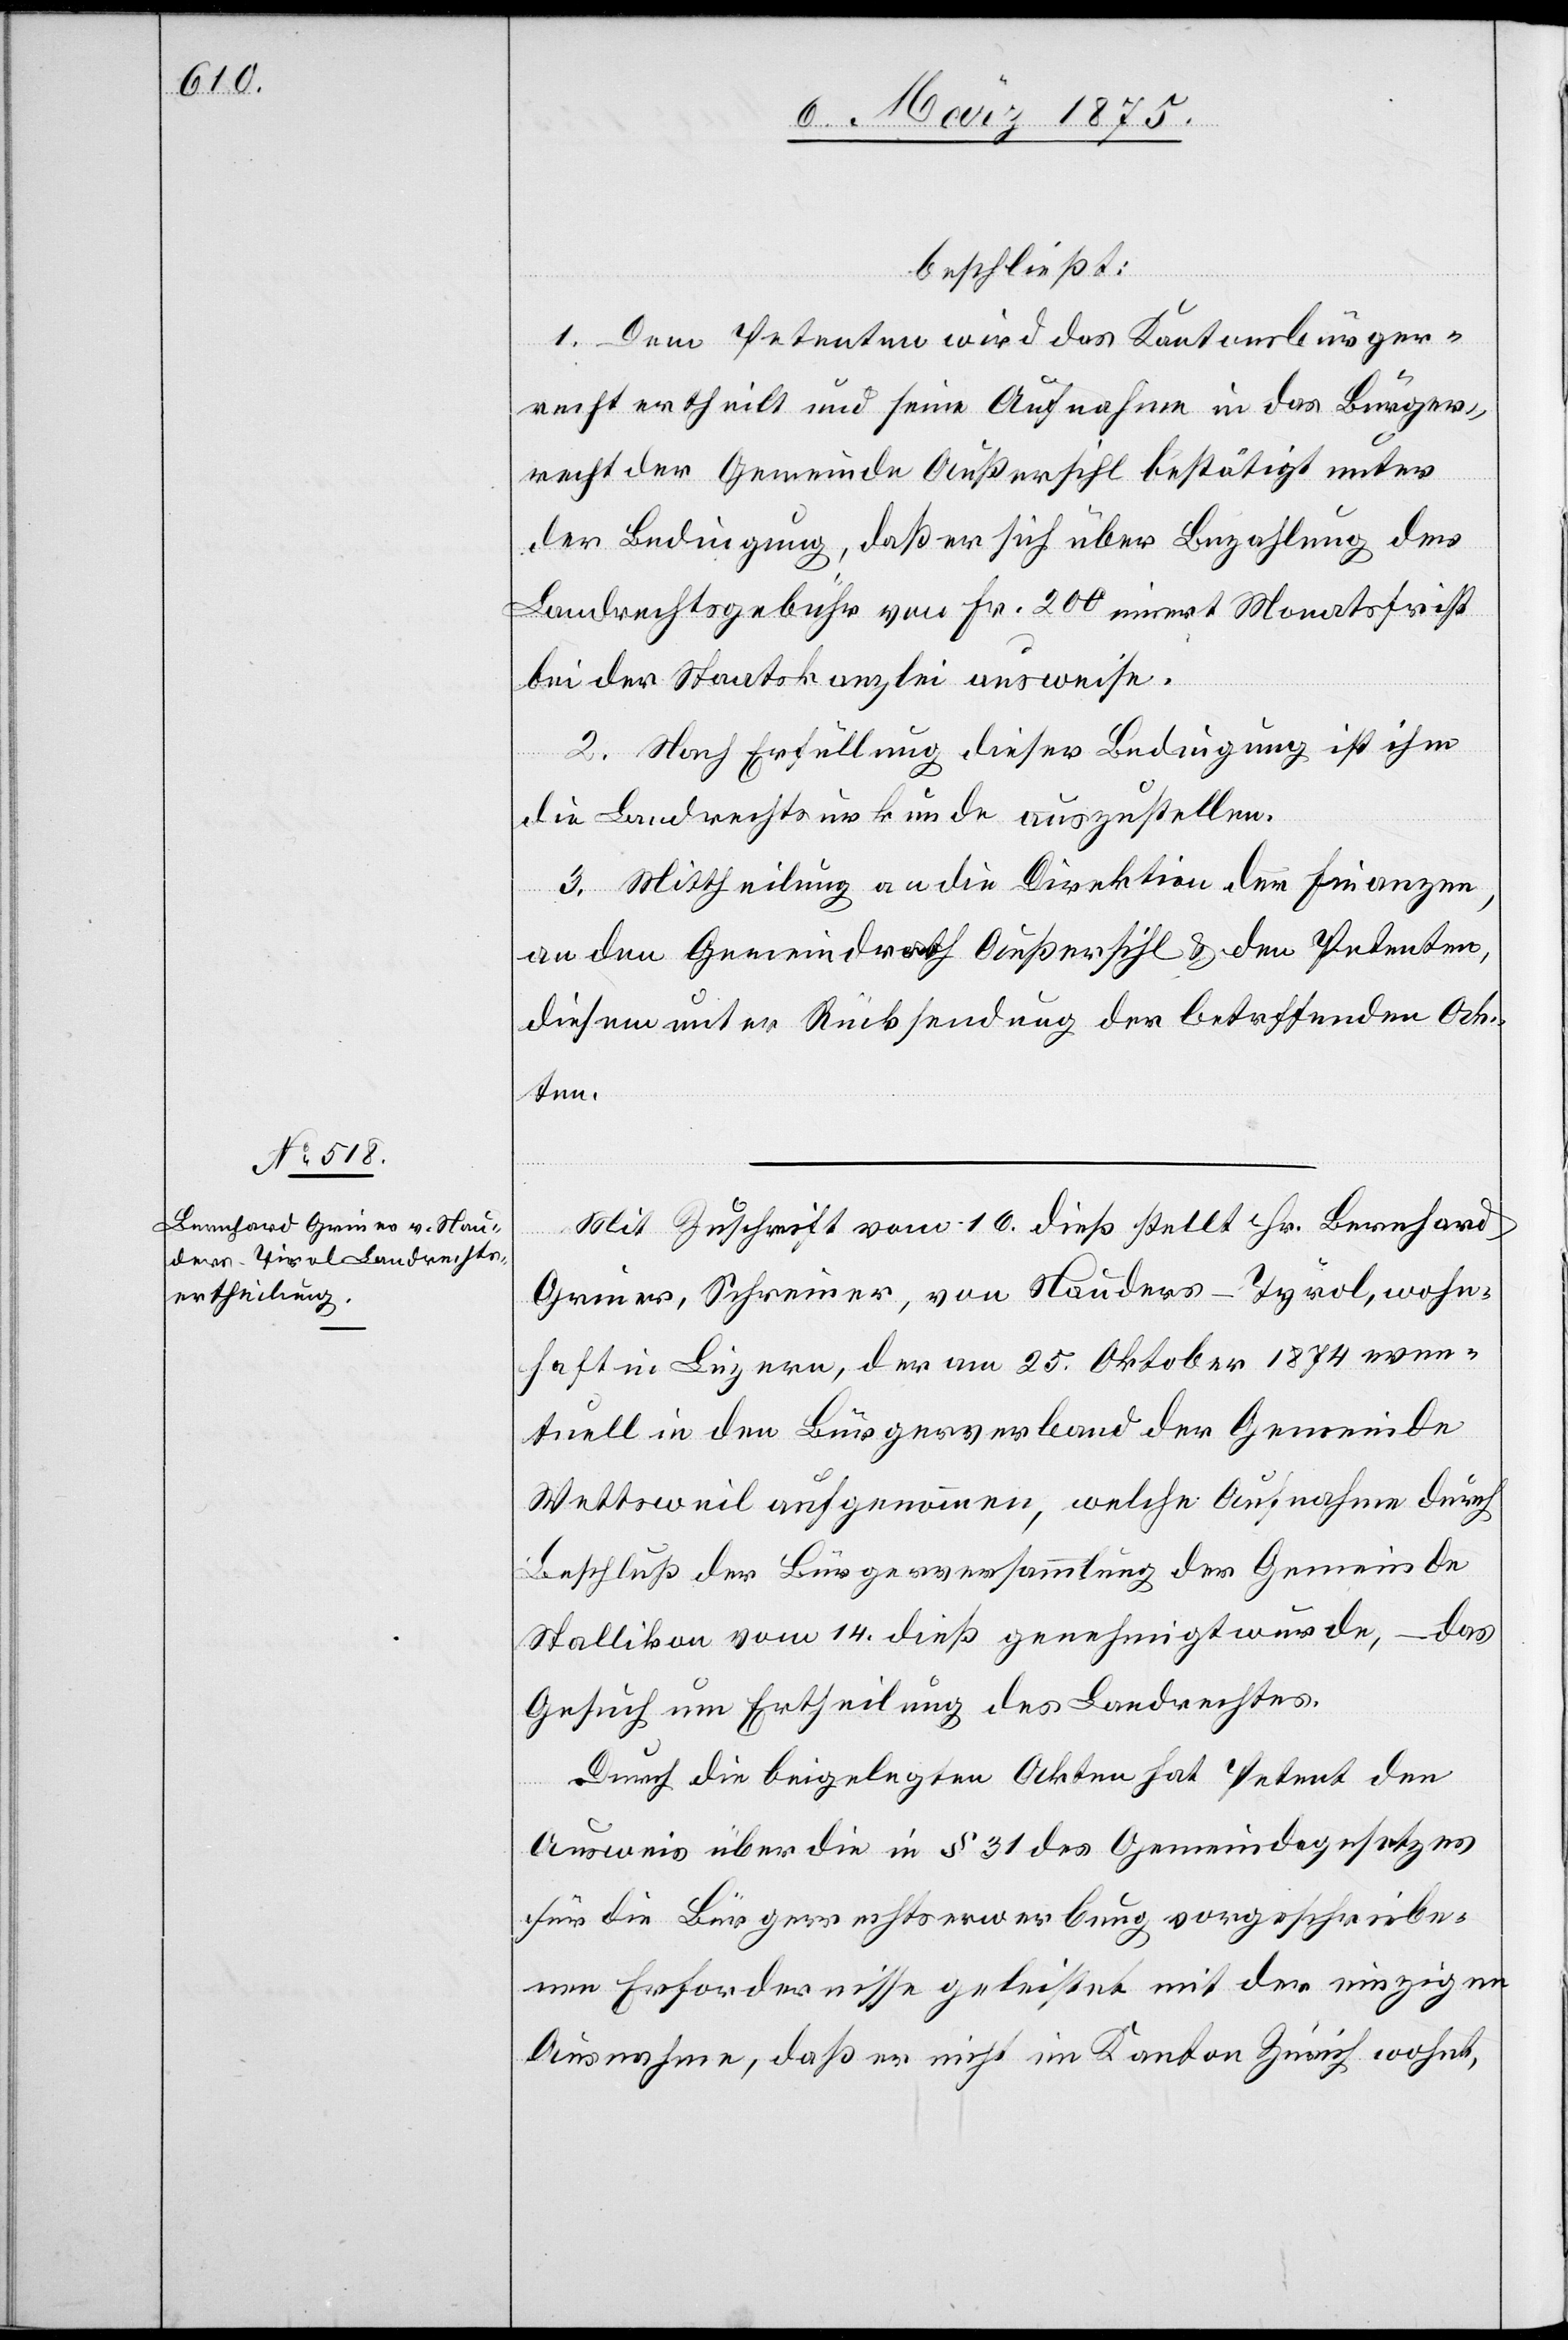
beschließt:
1. Dem Petenten wird das Kantonsbürger¬
recht ertheilt und seine Aufnahme in das Bürger¬
recht der Gemeinde Außersihl bestätigt unter
der Bedingung, daß er sich über Bezahlung der
Landrechtsgebühr von Fr. 200 innert Monatsfrist
bei der Staatskanzlei ausweise.
2. Nach Erfüllung dieser Bedingung ist ihm
die Landrechtsurkunde auszustellen.
3. Mittheilung an die Direktion der Finanzen,
an den Gemeinderath Außersihl & den Petenten,
diesem unter Rücksendung der betr[e]ffenden Ak¬
ten.
Mit Zuschrift vom 16. dieß stellt Hr. Bernhard
Griner, Schreiner, von Nauders - Tyrol, wohn¬
haft in Luzern, der am 25. Oktober 1874 even¬
tuell in den Bürgerverband der Gemeinde
Wettsweil aufgenommen, welche Aufnahme durch
Beschluss der Bürgerversammlung der Gemeinde
Stallikon vom 14. dieß genehmigt wurde, – das
Gesuch um Ertheilung des Landrechtes.
Durch die beigelegten Akten hat Petent den
Ausweis über die in § 31 des Gemeindegesetzes
für die Bürgerrechtserwerbung vorgeschriebe¬
nen Erfordernisse geleistet mit der einzigen
Ausnahme, daß er nicht im Kanton Zürich wohnt,